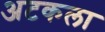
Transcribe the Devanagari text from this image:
अटकला